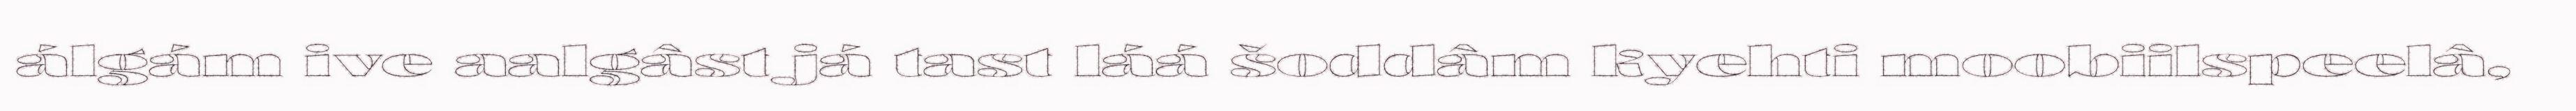
álgám ive aalgâst já tast láá šoddâm kyehti moobiilspeelâ,